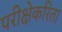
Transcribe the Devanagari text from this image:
परीक्षेकरिता